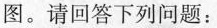
图。请回答下列问题：